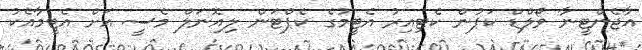
އާޖެންޓީނާ ވޯލްޑް ކަޕުން ކެޓިއިރު އެޓީމުގެ ކެޕްޓަން ލިއޮނަލް މެސީ އަށް އެޓީމާއެކު